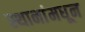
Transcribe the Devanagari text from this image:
स्थानांमधून